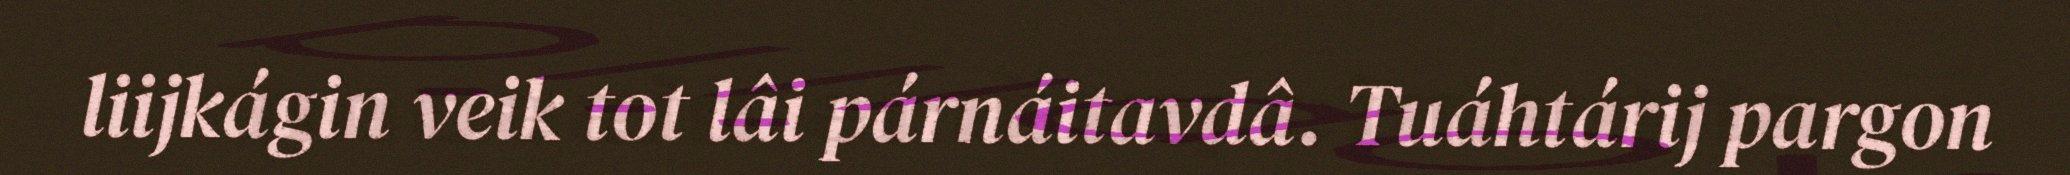
liijkágin veik tot lâi párnáitavdâ. Tuáhtárij pargon